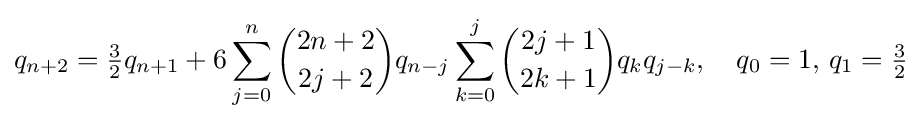
q_{n+2}={\tfrac {3}{2}}q_{n+1}+6\sum _{j=0}^{n}{\binom {2n+2}{2j+2}}q_{n-j}\sum _{k=0}^{j}{\binom {2j+1}{2k+1}}q_{k}q_{j-k},\quad q_{0}=1,\,q_{1}={\tfrac {3}{2}}